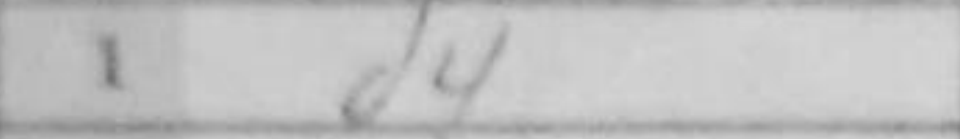
Transcription: d4